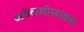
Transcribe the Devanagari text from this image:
अबेलमोसखस